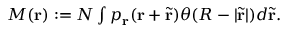
\begin{array} { r } { M ( \mathbf { r } ) : = N \int p _ { \mathbf { r } } ( \mathbf { r } + \tilde { \mathbf { r } } ) \theta ( R - | \tilde { \mathbf { r } } | ) d \tilde { \mathbf { r } } . } \end{array}